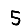
Digit: 5